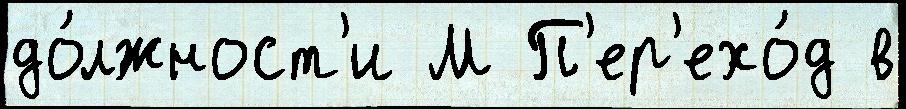
до́лжност'и М П'ер'ехо́д в